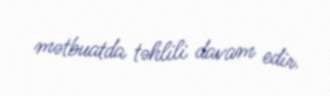
mətbuatda təhlili davam edir.